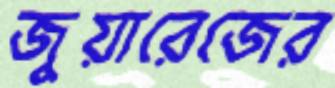
জুয়ারেজের